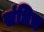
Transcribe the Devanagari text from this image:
संधिच